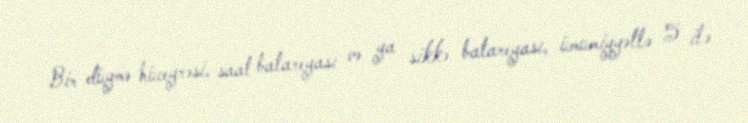
Bir düymə hüceyrəsi, saat batareyası və ya sikkə batareyası, ümumiyyətlə 5 ilə